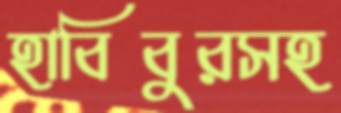
হাবিবুরসহ